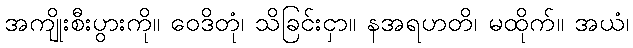
အကျိုးစီးပွားကို။ ဝေဒိတုံ၊ သိခြင်းငှာ။ နအရဟတိ၊ မထိုက်။ အယံ၊